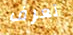
تعرف